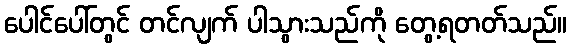
ပေါင်ပေါ်တွင် တင်လျက် ပါသွားသည်ကို တွေ့ရတတ်သည်။